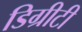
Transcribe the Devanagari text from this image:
डिग्रीटी